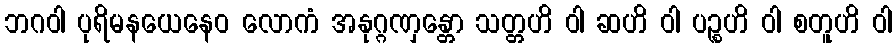
ဘဂဝါ ပုရိမနယေနေဝ လောကံ အနုဂ္ဂဏှန္တော သတ္တဟိ ဝါ ဆဟိ ဝါ ပဉ္စဟိ ဝါ စတူဟိ ဝါ